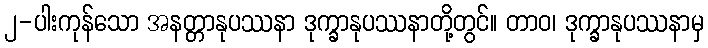
၂-ပါးကုန်သော အနတ္တာနုပဿနာ ဒုက္ခာနုပဿနာတို့တွင်။ တာဝ၊ ဒုက္ခာနုပဿနာမှ